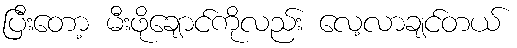
ပြီးတော့ မီးဖိုချောင်ကိုလည်း လေ့လာချင်တယ်